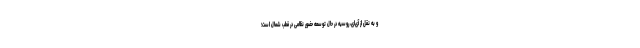
و به نقل از آی‌ای، روسیه در حال توسعه حضور نظامی در قطب شمال است؛